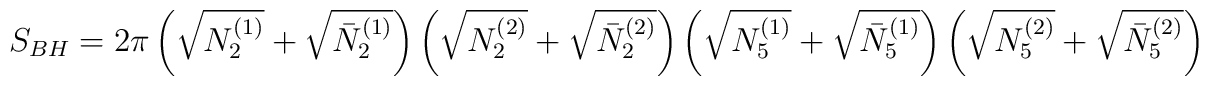
S_{BH} = 2\pi \left(\sqrt{N_2^{(1)}}+\sqrt{\bar{N}_2^{(1)}}\right)\left(\sqrt{N_2^{(2)}}+\sqrt{\bar{N}_2^{(2)}}\right)\left(\sqrt{N_5^{(1)}}+\sqrt{\bar{N}_5^{(1)}}\right)\left(\sqrt{N_5^{(2)}}+\sqrt{\bar{N}_5^{(2)}}\right)